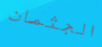
الجثمان